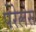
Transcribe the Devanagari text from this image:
पेरेलेस